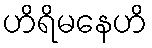
ဟိရိမနေဟိ